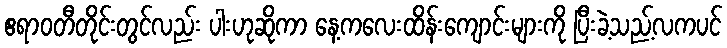
ဧရာဝတီတိုင်းတွင်လည်း ပါးဟုဆိုကာ နေ့ကလေးထိန်းကျောင်းများကို ပြီးခဲ့သည့်လကပင်